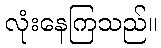
လုံးနေကြသည်။